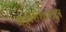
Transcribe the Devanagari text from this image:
अनुवंशशास्त्रज्ञ